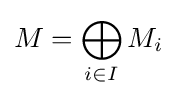
M=\bigoplus _{i\in I}M_{i}